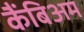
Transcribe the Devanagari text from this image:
कैंबिअम